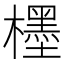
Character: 𣞪